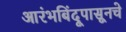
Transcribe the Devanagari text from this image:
आरंभबिंदूपासूनचे